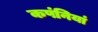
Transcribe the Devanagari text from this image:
कपंनियां